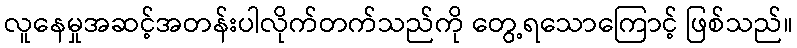
လူနေမှုအဆင့်အတန်းပါလိုက်တက်သည်ကို တွေ့ရသောကြောင့် ဖြစ်သည်။